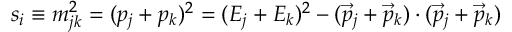
s _ { i } \equiv m _ { j k } ^ { 2 } = ( p _ { j } + p _ { k } ) ^ { 2 } = ( E _ { j } + E _ { k } ) ^ { 2 } - ( { \vec { p } } _ { j } + { \vec { p } } _ { k } ) \cdot ( { \vec { p } } _ { j } + { \vec { p } } _ { k } )